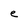
Character: e